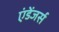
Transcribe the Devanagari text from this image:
एंडेंजर्स